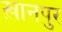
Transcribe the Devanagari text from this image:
ख़ानपुर